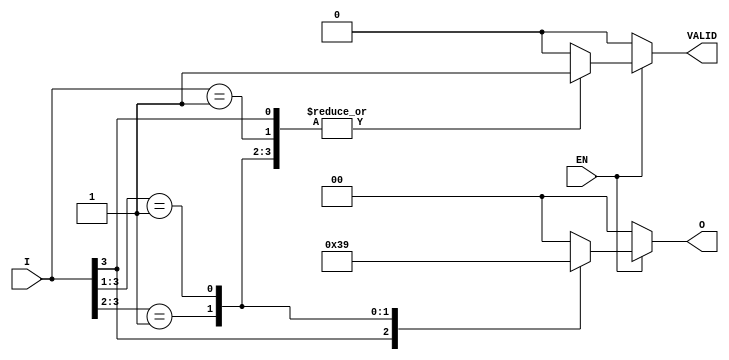
module priority_encoder (
    input wire [3:0] I,    // 4-bit input (I0, I1, I2, I3)
    input wire EN,         // Enable input
    output reg [1:0] O,    // 2-bit output for the index
    output reg VALID       // Output to indicate if any input is active
);

always @(*) begin
    if (EN) begin
        casez (I)          // Use casez to treat 'z' (high impedance) as a don't care
            4'b1??? : begin
                O = 2'b11; // I3 is active
                VALID = 1'b1;
            end
            4'b01?? : begin
                O = 2'b10; // I2 is active
                VALID = 1'b1;
            end
            4'b001? : begin
                O = 2'b01; // I1 is active
                VALID = 1'b1;
            end
            4'b0001 : begin
                O = 2'b00; // I0 is active
                VALID = 1'b1;
            end
            default : begin
                O = 2'b00; // Default case when no inputs are active
                VALID = 1'b0; // No inputs active
            end
        endcase
    end else begin
        O = 2'b00; // Default output when not enabled
        VALID = 1'b0; // No inputs active
    end
end

endmodule